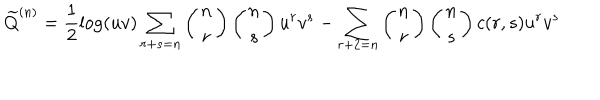
LaTeX: { \widetilde Q } ^ { ( n ) } = \frac { 1 } { 2 } \log ( u v ) \sum _ { r + s = n } \left( \begin{matrix} { { n } } \\ { { r } } \\ \end{matrix} \right) \left( \begin{matrix} { { n } } \\ { { s } } \\ \end{matrix} \right) u ^ { r } v ^ { s } - \sum _ { r + 2 = n } \left( \begin{matrix} { { n } } \\ { { r } } \\ \end{matrix} \right) \left( \begin{matrix} { { n } } \\ { { s } } \\ \end{matrix} \right) c ( r , s ) u ^ { r } v ^ { s }